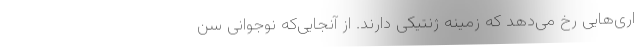
اری‌هایی رخ می‌دهد که زمینه ژنتیکی دارند. از آنجایی‌که نوجوانی سن